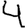
Digit: 4